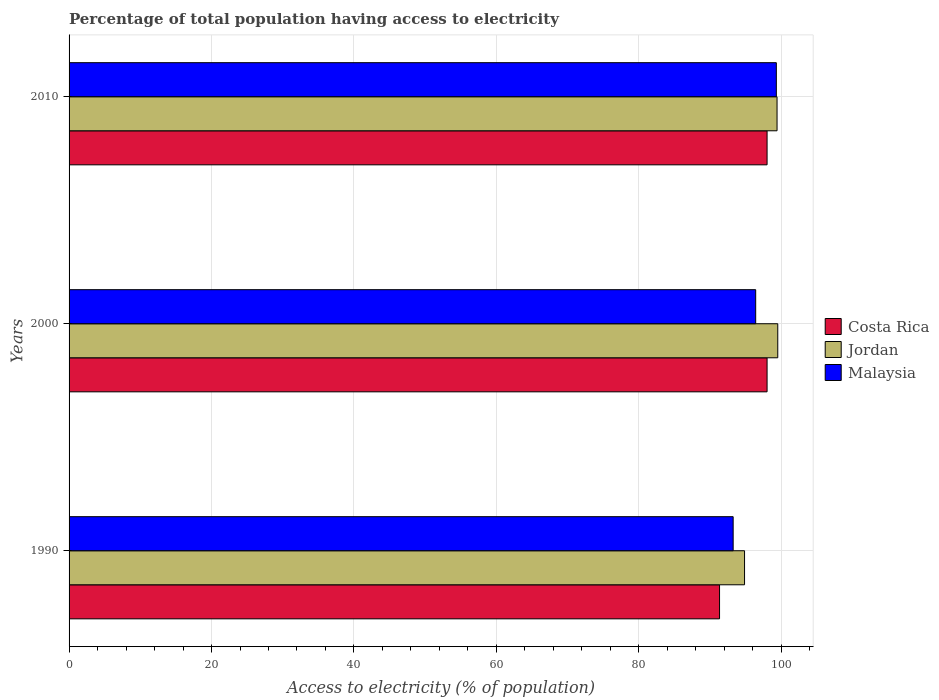
| Years | Costa Rica | Jordan | Malaysia |
 | --- | --- | --- | --- |
 | 1990 | 91.3 | 94.8 | 93.2 |
 | 2000 | 98 | 99.5 | 96.4 |
 | 2010 | 98 | 99.4 | 99.3 |